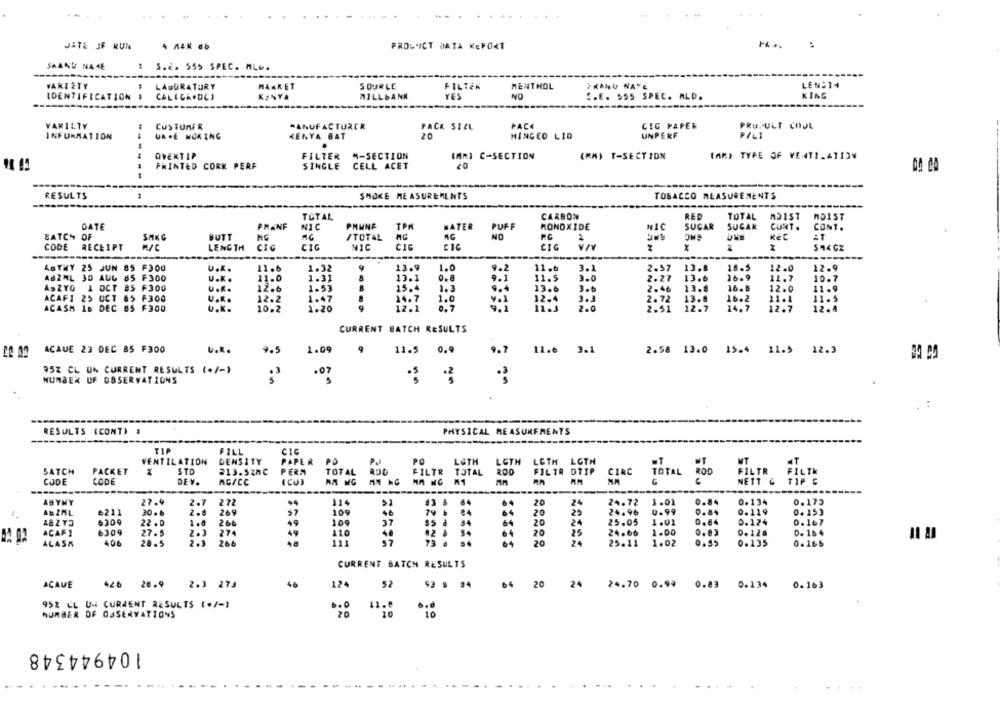
JATE JF RUN
PROL"CT DATA KEFOKT
SAANU NAHE
: S.E. 555 SPEC. MLU.
-
VARIETY
LADURATURY
MARKET
SOURCE
FILTEN
MENTHOL
LENS14
IDENTIFICATION #
CALEGAODCI
KENYA
MILLBANK
YES
NO
E.E. SSS SPEC. ALD.
KING
VARIETY
CUSTOMFR
MANUFACTURER
PACK SIZE
PACK
CIG PAPER
PRU. ULT COJE
INFORMATION
UA.E NUKING
KENYA BAT
20
HINGED LID
UNPERF
PILI
OVENTIP
FILTER M-SECTION
GARI C-SECTION
(MM) T-SECTION
(AR) TYPE OF VENTILATION
SINGLE CELL ACET
20
PRINTED CORK PERF
RESULTS
SMOKE MEASUREMENTS
TOBACCO MEASUREMENTS
CARBON
RED
TOTAL
MDIST
TOTAL
MDIST
DATE
PHANF
NIC
PHINE
TPM
HATER
PUFF
MONOXIDE
NIC
SUGAR
SUGAR
CUMT .
CONT.
BATCH OF
SAKG
BUTT
NG
NO
/TOTAL
CODE
RECEIPT
LENGTH
CIG
CIG
NIC
CIC
CIG
$ 14 CZ
ABTHY 25 JUN
85 F300
U ...
11.6
1.32
4
13.9
1.0
9.2
11.6
3.1
2.57
13.8
18.5
12.0
12.9
ABZML 30 AUG 85
F300
U ...
11.0
1.31
13.1
9.1
11.5
2.0
2.27
13.6
16.9
11.7
10.7
1.3
9.4
ASZYO
1 OCT 85 F300
U.K.
12.6
1.53
15.4
13.6
2.46
23.8
16.6
12.0
11.9
ACAFI 25 UCT 65 F300
U.K.
12.2
1.47
24.7
1.0
12.4
3.3
2. 72
13.8
16.2
11.1
11.5
ACASH 16 DEC
BS F300
U.K.
10.2
1.20
12.1
0.7
9.2
11.3
2.0
2.51
12.7
14.7
12.7
12.8
CURRENT BATCH RESULTS
ACAUE 23 DEC 85 F300
U.K.
9.5
1.09
11.5 0.9
9.7
11.6 3.1
2.58 13.0 15.4 11.5 12.3
95% CL UN CURRENT RESULTS (+/-)
NUMBER OF OBSERVATIONS
.07
RESULTS (CONT) ,
PHYSICAL MEASUREMENTS
FILL
CIG
VENTILATION
DENSITY
PAPER PO
PO
LUTH
LOTH
LOTH LOTH
NT
SATCH
PACKET
STO
213.5zhC
PERM
TOTAL
ROD
FILTR
TOTAL
FILTR DTIP
CIRC
TOTAL ROD
FILTR FILTH
CJDE
CODE
DEV.
AGFCC
ICUI
MA NG M1
AM
NETT & TIP G
---
ABYNY
27.9
2.7
272
214
20
24.72
1.01
0.84
0.134
0.175
#3 5 84
24
AB ZAL
6211
30 . 6
2.8
269
105
50
79 b
20
29
24.96
0.99
0.84
0.119
0. 153
6309
22 .0
1.0
266
10
37
95 8 34
20
24
25.05
1.01
0.84
0.124
0.167
ACAF 1
6309
27.5
2.3
274
49
110
20
25
24.66
1.00
0.03
0. 128
0. 16 4
ALASK
406
28.5
2.3
266
57
73 8
20
24
25.11
1.02
0.39
0.135
0.166
CURRENT BATCH RESULTS
ACAVE
426 26.9
2.3 274
46
124
52
93 6 94
64
20
24
24.70 0.99 0.83 0.134 0.163
952 CL UN CURRENT RESULTS (+/-1
NUMBER OF GaSERVATIONS
104944348